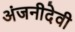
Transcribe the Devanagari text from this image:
अंजनीदेवी